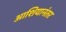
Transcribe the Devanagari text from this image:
आशियानंतर